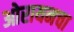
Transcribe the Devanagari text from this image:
ओरायनचा